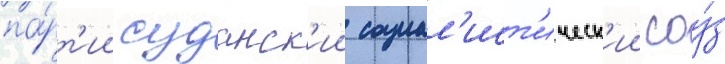
па́рт'ии суданск'ии социал'ист'ическ'ии соу́з